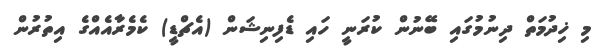
މި ޚިދުމަތް ދިނުމުގައި ބޭނުން ކުރަނީ ހައި ޑެފިނިޝަން (އެޗްޑީ) ކެމެރާއެއްގެ އިތުރުން